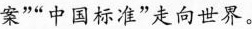
案”“中国标准”走向世界。